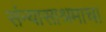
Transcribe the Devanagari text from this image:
संन्यासाश्रमाचा